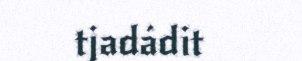
tjadádit